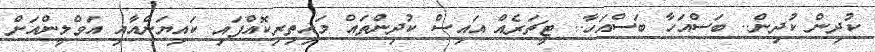
ކުދިން ކުދިން.. ބަސްއަހާ ބަސްއަހާ.. ޓީޗަރެއް އައިސް ކުދިންތައް މައިތިރިކޮއްފައި ކައިޔަންއާއި އަވްލީންއަށް